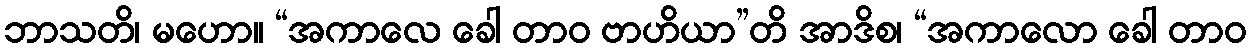
ဘာသတိ၊ မဟော။ “အကာလေ ခေါ တာဝ ဗာဟိယာ”တိ အာဒိစ၊ “အကာလော ခေါ တာဝ